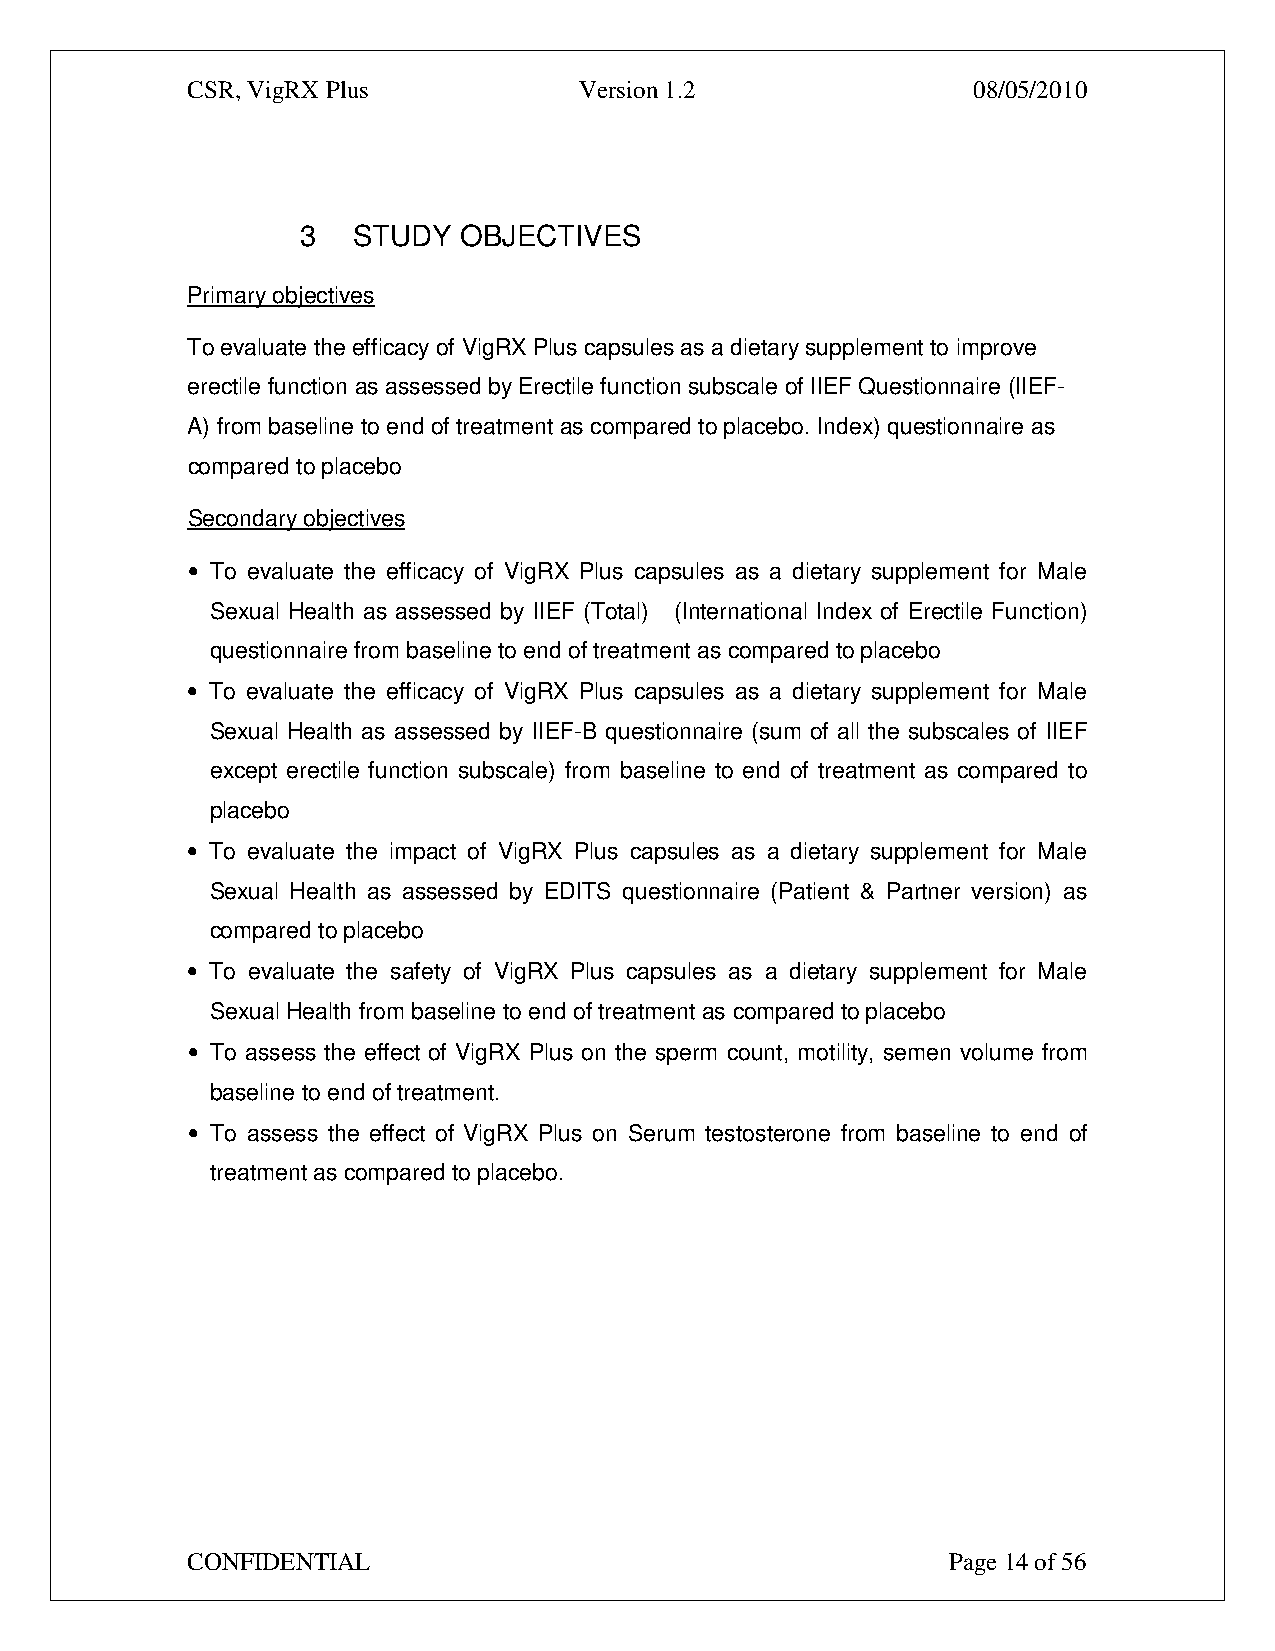
CSR, VigRX Plus           Version 1.2               08/05/2010
 3  STUDY  OBJECTIVES
 Primary objectives
 To evaluate the efficacy of VigRX Plus capsules as a dietary supplement to improve
 erectile function as assessed by Erectile function subscale of IIEF Questionnaire (IIEF-
 A) from baseline to end of treatment as compared to placebo. Index) questionnaire as
 compared to placebo
 Secondary objectives
 • To evaluate the efficacy of VigRX Plus capsules as a dietary supplement for Male
 Sexual Health as assessed by IIEF (Total) (International Index of Erectile Function)
 questionnaire from baseline to end of treatment as compared to placebo
 • To evaluate the efficacy of VigRX Plus capsules as a dietary supplement for Male
 Sexual Health as assessed by IIEF-B questionnaire (sum of all the subscales of IIEF
 except erectile function subscale) from baseline to end of treatment as compared to
 placebo
 • To evaluate the impact of VigRX Plus capsules as a dietary supplement for Male
 Sexual Health as assessed by EDITS questionnaire (Patient & Partner version) as
 compared to placebo
 • To evaluate the safety of VigRX Plus capsules as a dietary supplement for Male
 Sexual Health from baseline to end of treatment as compared to placebo
 • To assess the effect of VigRX Plus on the sperm count, motility, semen volume from
 baseline to end of treatment.
 • To assess the effect of VigRX Plus on Serum testosterone from baseline to end of
 treatment as compared to placebo.
 CONFIDENTIAL                                       Page 14 of 56